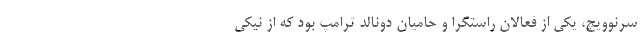
سرنوویچ، یکی از فعالان راستگرا و حامیان دونالد ترامپ بود که از نیکی